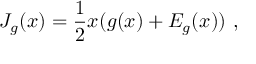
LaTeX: J _ { g } ( x ) = { \frac { 1 } { 2 } } x ( g ( x ) + E _ { g } ( x ) ) \ ,